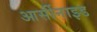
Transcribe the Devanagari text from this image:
आर्सीनाइड